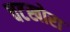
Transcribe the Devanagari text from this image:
चटखोरा